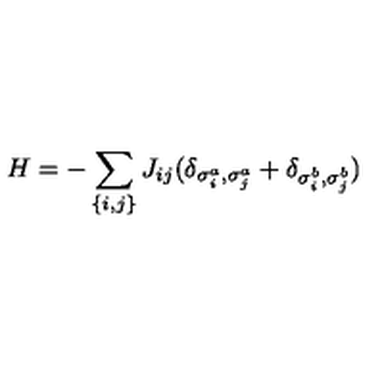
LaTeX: H = - \sum _ { \{ i , j \} } J _ { i j } ( \delta _ { \sigma _ { i } ^ { a } , \sigma _ { j } ^ { a } } + \delta _ { \sigma _ { i } ^ { b } , \sigma _ { j } ^ { b } } )